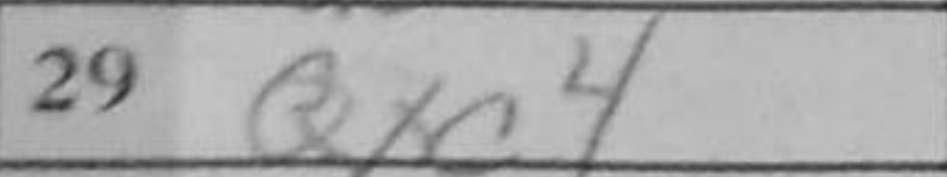
Transcription: Qxc4